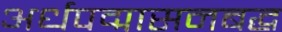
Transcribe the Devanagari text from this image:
अर्धपद्मासनबद्ध